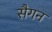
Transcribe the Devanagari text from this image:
सैगन